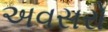
અવસરો